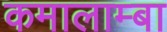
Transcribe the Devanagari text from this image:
कमालाम्बा